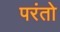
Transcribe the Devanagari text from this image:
परंतो